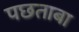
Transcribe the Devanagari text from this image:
पछताबा